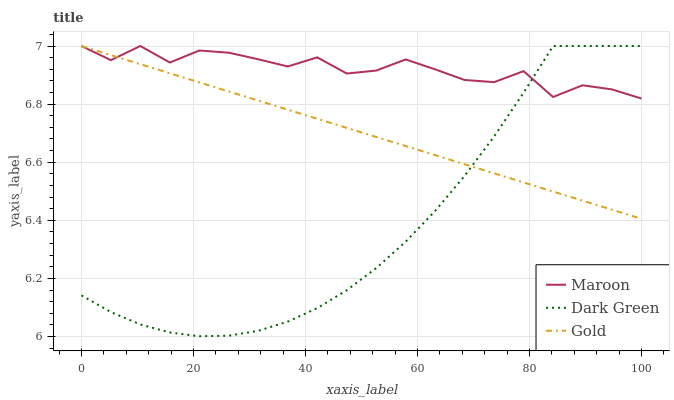
| xaxis_label | Maroon | Dark Green | Gold |
 | --- | --- | --- | --- |
 | 0 | 7 | 6.14 | 7 |
 | 5.26 | 6.95 | 6.08 | 6.97 |
 | 10.5 | 7 | 6.04 | 6.94 |
 | 15.8 | 6.94 | 6.01 | 6.91 |
 | 21.1 | 6.98 | 6 | 6.87 |
 | 26.3 | 6.98 | 6 | 6.84 |
 | 31.6 | 6.95 | 6.02 | 6.81 |
 | 36.8 | 6.93 | 6.05 | 6.78 |
 | 42.1 | 6.96 | 6.1 | 6.75 |
 | 47.4 | 6.91 | 6.16 | 6.72 |
 | 52.6 | 6.92 | 6.24 | 6.69 |
 | 57.9 | 6.95 | 6.33 | 6.66 |
 | 63.2 | 6.92 | 6.43 | 6.62 |
 | 68.4 | 6.88 | 6.55 | 6.59 |
 | 73.7 | 6.88 | 6.69 | 6.56 |
 | 78.9 | 6.91 | 6.84 | 6.53 |
 | 84.2 | 6.82 | 7 | 6.5 |
 | 89.5 | 6.86 | 7 | 6.47 |
 | 94.7 | 6.85 | 7 | 6.44 |
 | 100 | 6.82 | 7 | 6.41 |